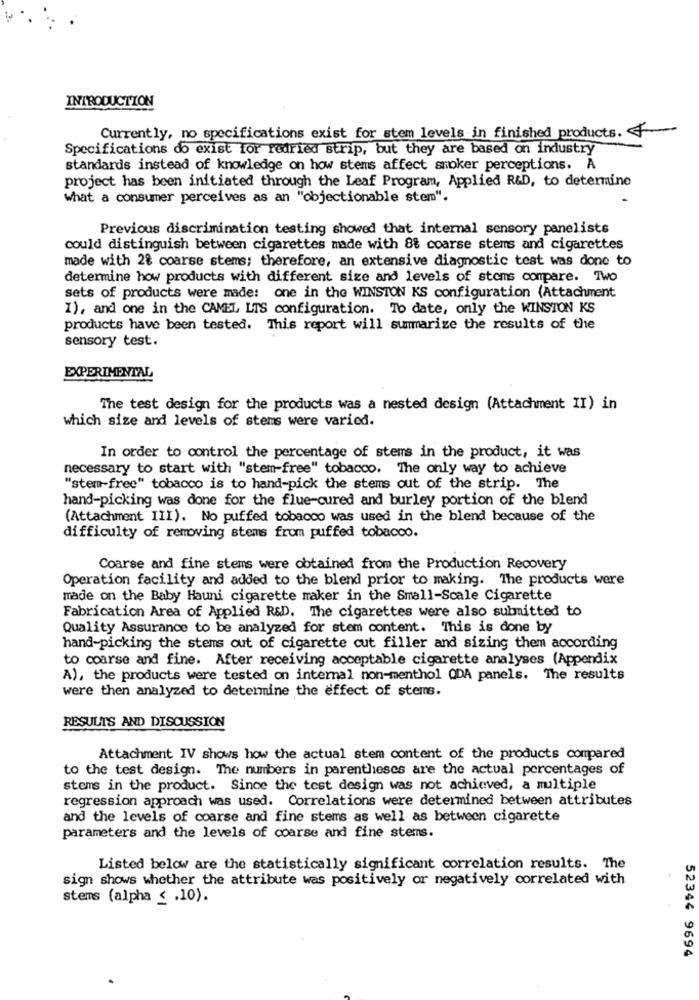
INTRODUCTION
Currently, no specifications exist for stem levels in finished products.
Specifications do exist for redried strip, but they are based on industry
standards instead of knowledge on how stems affect smoker perceptions. A
project has been initiated through the Leaf Program, Applied R&D, to determine
what a consumer perceives as an "objectionable stem".
Previous discrimination testing showed that internal sensory panelists
could distinguish between cigarettes made with 8% coarse stems and cigarettes
made with 2% coarse stems; therefore, an extensive diagnostic test was done to
determine how products with different size and levels of stems compare. Two
sets of products were made: one in the WINSTON KS configuration (Attachment
I), and one in the CAMEL LTS configuration. To date, only the WINSTON KS
products have been tested. This report will summarize the results of the
sensory test.
EXPERIMENTAL
The test design for the products was a nested design (Attachment II) in
which size and levels of stems were varied.
In order to control the percentage of stems in the product, it was
necessary to start with "stem-free" tobacco. The only way to achieve
"stem-free" tobacco is to hand-pick the stems out of the strip. The
hand-picking was done for the flue-cured and burley portion of the blend
(Attachment III). No puffed tobacco was used in the blend because of the
difficulty of removing stems from puffed tobacco.
Coarse and fine stems were obtained from the Production Recovery
Operation facility and added to the blend prior to making. The products were
made on the Baby Hauni cigarette maker in the Small-Scale Cigarette
Fabrication Area of Applied R&D. The cigarettes were also submitted to
Quality Assurance to be analyzed for stem content. This is done by
hand-picking the stems out of cigarette cut filler and sizing them according
to coarse and fine. After receiving acceptable cigarette analyses (Appendix
A), the products were tested on internal non-menthol QDA panels. The results
were then analyzed to determine the effect of stems.
RESULTS AND DISCUSSION
Attachment IV shows how the actual stem content of the products compared
to the test design. The numbers in parentheses are the actual percentages of
stems in the product. Since the test design was not achieved, a multiple
regression approach was used. Correlations were determined between attributes
and the levels of coarse and fine stems as well as between cigarette
parameters and the levels of coarse and fine stems.
Listed below are the statistically significant correlation results. The
sign shows whether the attribute was positively or negatively correlated with
stems (alpha < . 10).
52344 9694